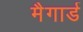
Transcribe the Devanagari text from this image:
मैगार्ड